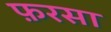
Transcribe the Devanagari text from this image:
फ़रसा